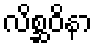
လိစ္ဆဝိနာ